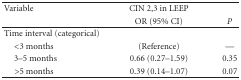
<table><thead><tr><td><b>Variable</b></td><td><b>CIN 2,3 in LEEP</b></td><td></td></tr><tr><td></td><td><b>OR (95% CI)</b></td><td><b><i>P</i></b></td></tr></thead><tbody><tr><td>Time interval (categorical)</td><td></td><td></td></tr><tr><td> &lt;3 months</td><td>(Reference)</td><td>—</td></tr><tr><td> 3–5 months</td><td>0.66 (0.27–1.59)</td><td>0.35</td></tr><tr><td> &gt;5 months</td><td>0.39 (0.14–1.07)</td><td>0.07</td></tr></tbody></table>